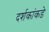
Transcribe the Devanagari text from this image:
दर्शकांकडे